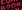
BOOK